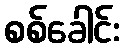
စစ်ခေါင်း